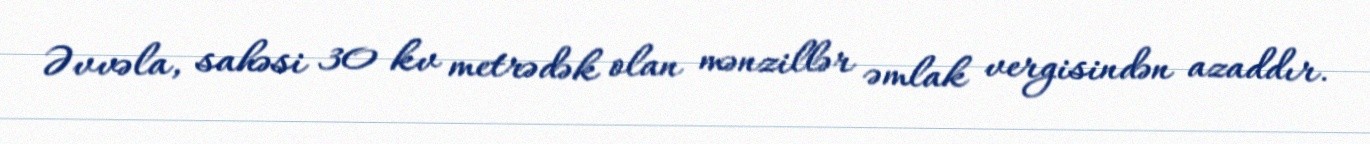
Əvvəla, sahəsi 30 kv metrədək olan mənzillər əmlak vergisindən azaddır.